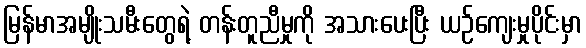
မြန်မာအမျိုးသမီးတွေရဲ့ တန်းတူညီမှုကို အသားပေးပြီး ယဉ်ကျေးမှုပိုင်းမှာ